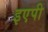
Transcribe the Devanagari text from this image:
इएपी